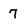
Character: 7